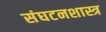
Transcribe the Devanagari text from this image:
संघटनशास्त्र